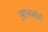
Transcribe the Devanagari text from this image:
आलबोर्ग